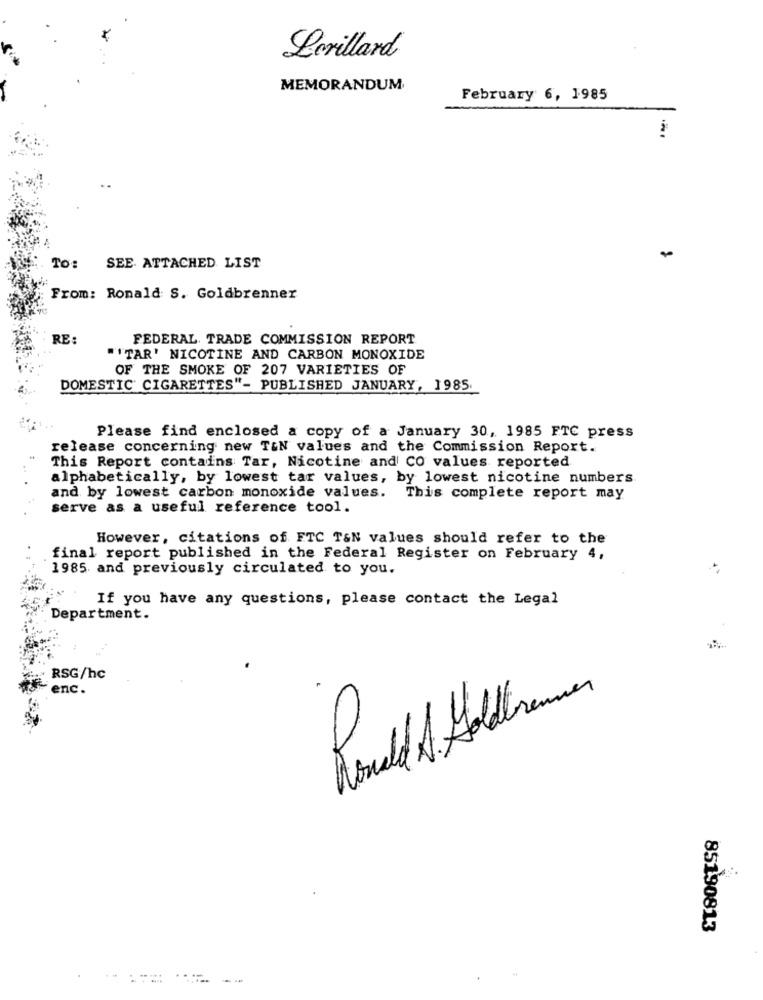
Lorillard
MEMORANDUM
February 6, 1985
TO: SEE ATTACHED LIST
From: Ronald S. Goldbrenner
RE:
FEDERAL TRADE COMMISSION REPORT
"""TAR' NICOTINE AND CARBON MONOXIDE
OF THE SMOKE OF 207 VARIETIES OF
DOMESTIC' CIGARETTES"- PUBLISHED JANUARY, 1985.
Please find enclosed a copy of a January 30, 1985 FTC press
release concerning new T&N values and the Commission Report.
This Report contains Tar, Nicotine and CO values reported
alphabetically, by lowest tar values, by lowest nicotine numbers
and by lowest carbon monoxide values. This complete report may
serve as a useful reference tool.
However, citations of FTC T&N values should refer to the
final report published in the Federal Register on February 4,
1985 and previously circulated to you.
If you have any questions, please contact the Legal
Department.
RSG/hc
enc.
Ronald A Holdtrammer
85190813
--